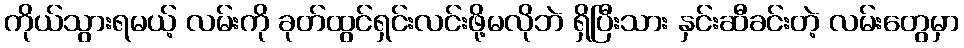
ကိုယ်သွားရမယ့် လမ်းကို ခုတ်ထွင်ရှင်းလင်းဖို့မလိုဘဲ ရှိပြီးသား နှင်းဆီခင်းတဲ့ လမ်းတွေမှာ